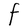
Character: F